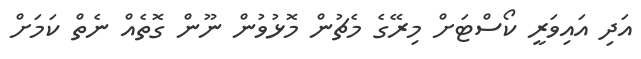
އަދި އައިވަރީ ކޯސްޓަށް މިރޭގެ މެޗުން މޮޅުވުން ނޫން ގޮތެއް ނެތް ކަމަށް